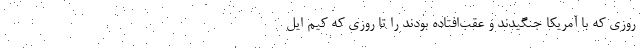
روزی که با آمریکا جنگیدند و عقب‌افتاده بودند را تا روزی که کیم ایل